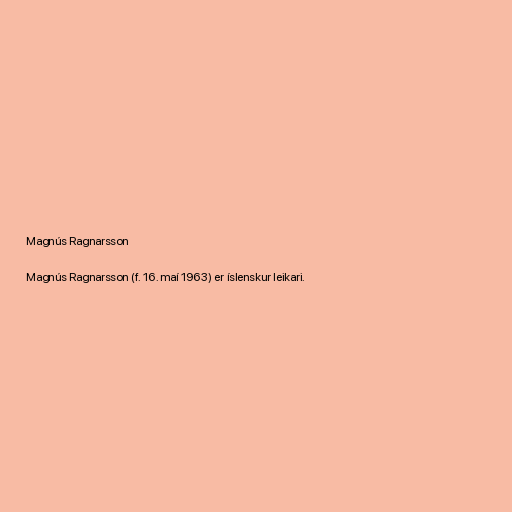
Magnús Ragnarsson

Magnús Ragnarsson (f. 16. maí 1963) er íslenskur leikari.